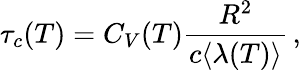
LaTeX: \tau_{c}(T)=C_{V}(T)\frac{R^{2}}{c\langle\lambda(T)\rangle}\, ,